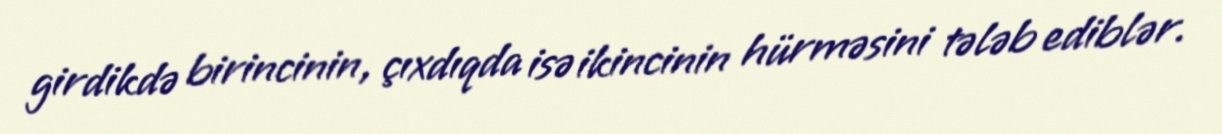
girdikdə birincinin, çıxdıqda isə ikincinin hürməsini tələb ediblər.